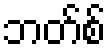
ဘတ်စ်